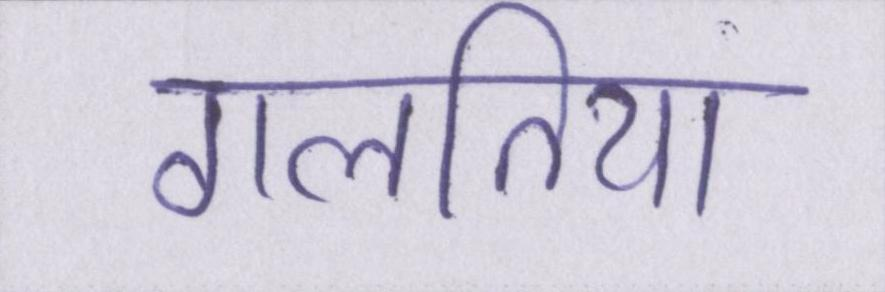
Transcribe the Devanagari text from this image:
गलतिया